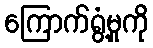
ကြောက်ရွံ့မှုကို